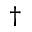
^ \dag